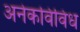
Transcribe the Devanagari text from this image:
अनेकविविध